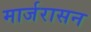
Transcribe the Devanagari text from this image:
मार्जरासन